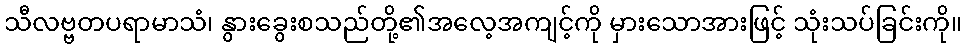
သီလဗ္ဗတပရာမာသံ၊ နွားခွေးစသည်တို့၏အလေ့အကျင့်ကို မှားသောအားဖြင့် သုံးသပ်ခြင်းကို။